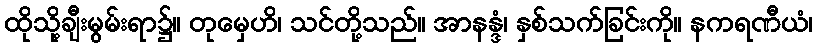
ထိုသို့ချီးမွမ်းရာ၌။ တုမှေဟိ၊ သင်တို့သည်။ အာနန္ဒံ၊ နှစ်သက်ခြင်းကို။ နကရဏီယံ၊